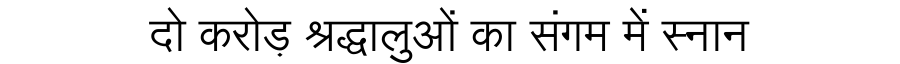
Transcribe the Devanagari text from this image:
दो करोड़ श्रद्धालुओं का संगम में स्नान